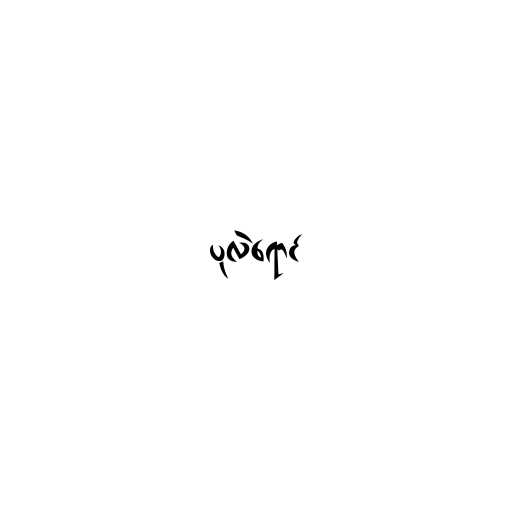
ပုလဲရောင်